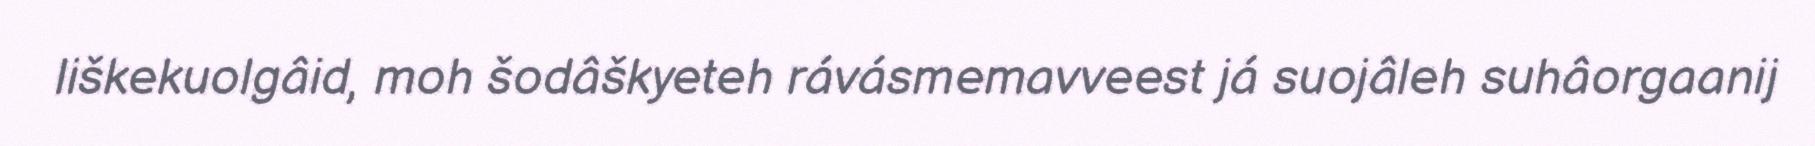
liškekuolgâid, moh šodâškyeteh rávásmemavveest já suojâleh suhâorgaanij